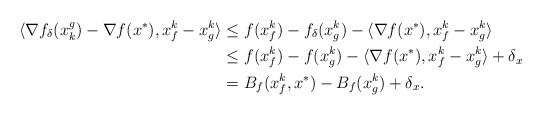
\begin{align*}\langle \nabla f_{\delta}(x^g_k) - \nabla f(x^*), x_f^k - x_g^k \rangle &\leq f(x_f^k) - f_{\delta}(x_g^k)-\langle \nabla f(x^*), x_f^k - x_g^k \rangle\\&\leq f(x_f^k) - f(x_g^k)-\langle \nabla f(x^*), x_f^k - x_g^k \rangle+\delta_x \\&= B_f(x_f^k,x^*)-B_f(x_g^k)+\delta_x.\end{align*}